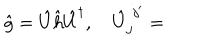
\hat { g } = \hat { U } \hat { h } \hat { U } ^ { \dagger } , \quad \hat { U } _ { j } ^ { \, \, j ^ { \prime } } =